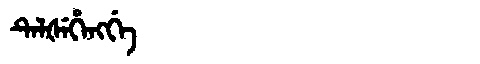
Manchu: ᡨᡝᠯᡧᡝᡥᡝᠩᡤᡝ
Romanization: TELŠEHENGGE